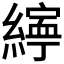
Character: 𦅜